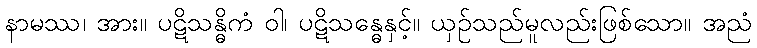
နာမဿ၊ အား။ ပဋိသန္ဓိကံ ဝါ၊ ပဋိသန္ဓေနှင့်။ ယှဉ်သည်မူလည်းဖြစ်သော။ အညံ